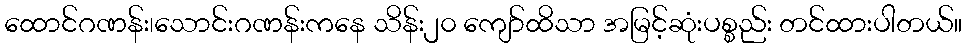
ထောင်ဂဏန်း၊သောင်းဂဏန်းကနေ သိန်း၂၀ ကျော်ထိသာ အမြင့်ဆုံးပစ္စည်း တင်ထားပါတယ်။